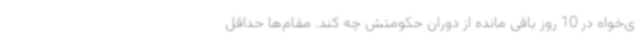
ی‌خواه در 10 روز باقی مانده از دوران حکومتش چه کند. مقام‌ها حداقل